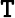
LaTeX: \mathtt{T}